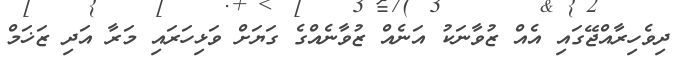
ދިވެހިރާއްޖޭގައި އެއް ޒުވާނަކު އަނެއް ޒުވާނެއްގެ ގަޔަށް ވަޅިހަރައި މަރާ އަދި ޒަޚަމް